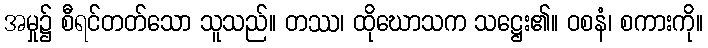
အမှု၌ စီရင်တတ်သော သူသည်။ တဿ၊ ထိုဃောသက သဋ္ဌေး၏။ ဝစနံ၊ စကားကို။